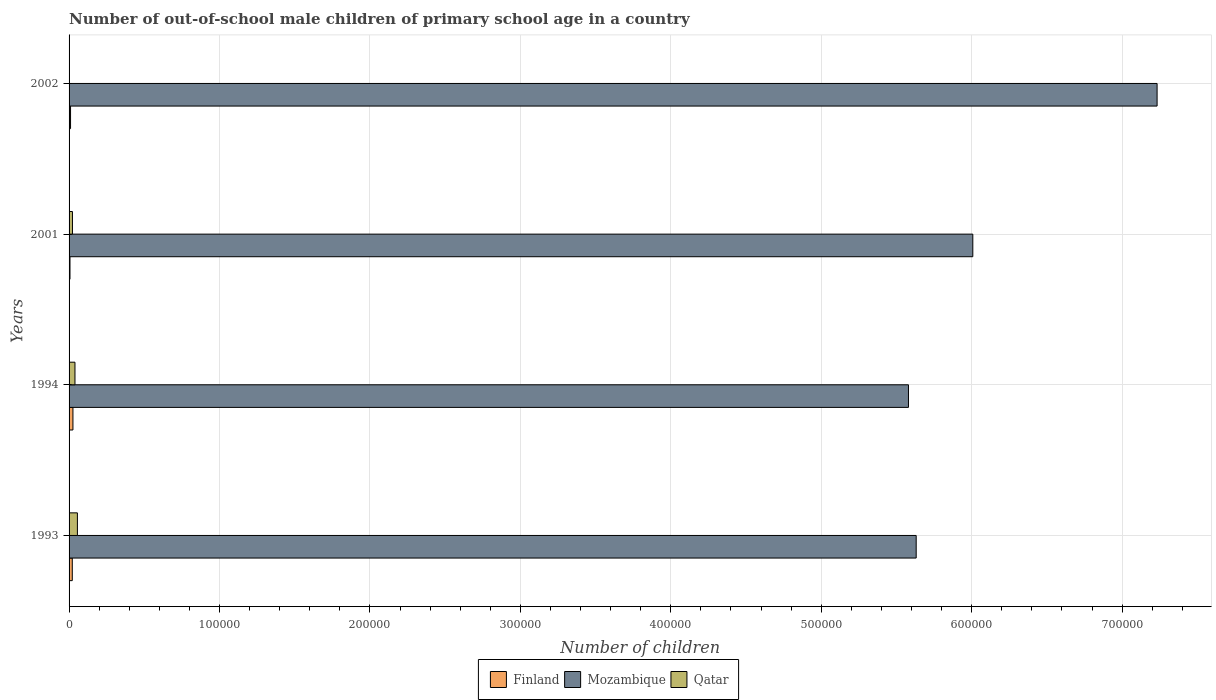
| Years | Finland | Mozambique | Qatar |
 | --- | --- | --- | --- |
 | 1993 | 2.14e+03 | 5.63e+05 | 5.54e+03 |
 | 1994 | 2.57e+03 | 5.58e+05 | 3.92e+03 |
 | 2001 | 611 | 6.01e+05 | 2.25e+03 |
 | 2002 | 977 | 7.23e+05 | 157 |